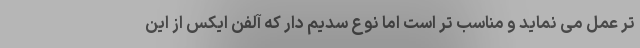
تر عمل می نماید و مناسب تر است اما نوع سدیم دار که آلفن ایکس از این